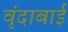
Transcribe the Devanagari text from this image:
वृंदाबाई